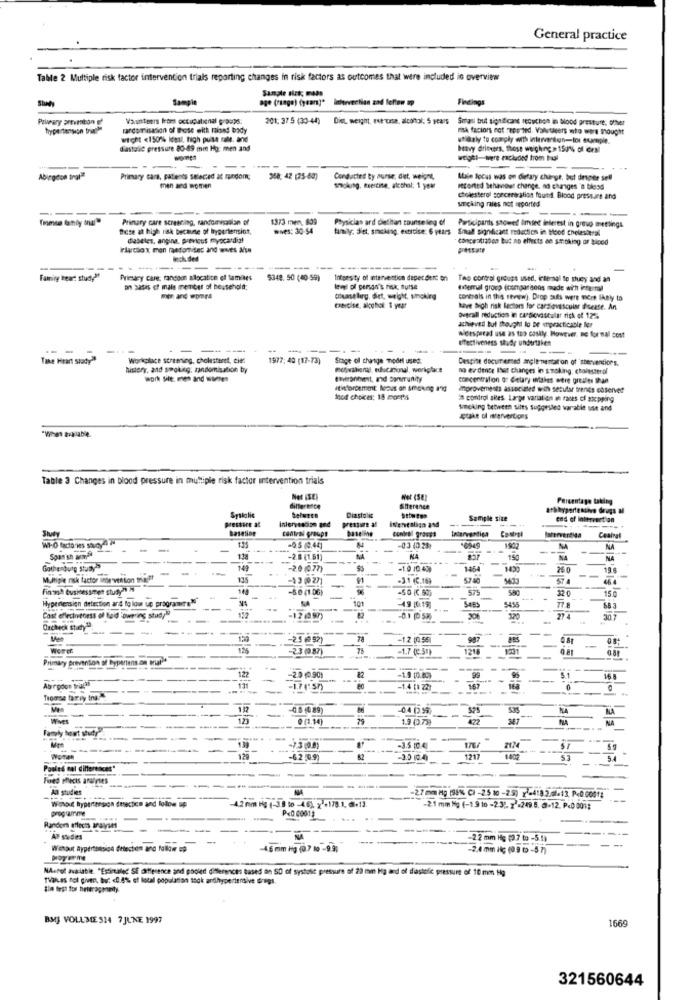
General practice
Table 2 Multiple risk factor intervention trials reporting changes in risk factors as outcomes that were included in overview
Sample siri; maas
Sample
age (range) (year]"
interventian zad lefton up
Findings
Vaunteers front occupational groups:
201: 37 5 (30-44) Diet. weight, ese use, alcontol; 5 years Smani but significant secuchen in blood pressure, other
hypertension triathe
varcomisation of those with raised body
mask faciors not reported. Valletaeers mto were thought
wicht <150% ideal. high pulse rate, and
utlaaly to comply enth interventon-for example.
diastolic pressure 80-89 mit Hg. men and
heavy dritvers. those weighing > 150% of ceal
-
weight-were excluded from toul
Primary cara, patients selected at random;
358: 42 (25-60)
Conducted by nurse, diet, weignt,
Alie focus was on dietary charge, but desper sel
men and women
smykung, esercine, aleshal; 1 year
retorted behaviour change. no changes 'n blood
cholesterol soncerealion found. Blood pressure and
sacking raies not reported
Primary care screening, randomisaslan of
1373 men, 809
Physician ard dietitan counseling of
these at high risk because of hypertension,
wives: 30-54
Physician ard dietitan counseling of Participants showed limited interest in group meetings
family: diet, smoking, extrcise: 6 years Small significant reduction in tood chelesteral
diabetes, angina, previous myocardial
- Conce 0120on but no effects en smoking or blood
rladox men randomised and wwes aise
pesar
Included
----
--
-
F'aming bear: study"
Primary care; randoun allocation of tamiaes
$348. 50 (40-59)
Infoesity of mtervention deper dent on
Tao control groups used, internal to suey and an
on basis of male member of household;
lewi of person's risk, Butse
mitemal group (comparisons mude with internal
counseling. diet, weight, smoking
conmals in this strew). Drop Suits were Here Ihely to
Exercise, alcohol: 1 year
have high risk lectors for cardiovascular disease. An
overall reduction in cardiovascular risk of 12%
achieved but thought lo be enpracticable for
widespread use as too costly. However, no formal cost
Bifectiveness study undertaken
- -
-----
----
Taxa Heart study"
Workplace streming, cholesteret, ciel
1977; 40 (17-73)
Stage of change model used.
Despite documented angle-mentation of 'sherventions.
history, and smoking; zandomisation by
motivational, educational, weriglace
no evidence That changes in smoking, cholesterol
Work Sile. men and women
ehvironitent, and Sonmunity
concentrifon or Gietary wakes were gresles than
Itwordement leaus on smoking and
improvements associated with secular trends observed
food choices; 18 months
'# control sites. Large variation an ranes of socpping
smoking between sites suggested varable use and
aptake of wervertions
-What zoilable.
Table 3 Changes in blood pressure in multiple risk factor intervention trials
Net (SE)
Hot (SE]
Percentage taking
filterbece
Diastolic
difference
pressure at
Systolic
Intervention and
pressure al
Sample size
end of Interesction
SIuey
Basetioe
central groups
-+-
WI-O factories saucy
Intervertida
Ceaival
-0.5 (0.44]
-03 40.28)
--
16949
NA
NA
-2.8 (1.51]
NA
NA
150
NA
Gothenburg Study
141
-2.0 (0.77)
45
-1.0 1043
1854
1420
250
Multiple risk factor intervention thiel ?!
135
-13(027]
.3.1 (C.16)
57.40
57 4
finish businessmen study" >
-5.0 (1.0G)
-
-50 (C.600
SAC
32 0
150
Hypertension detection and to lon ue programme"
49 [6.19]
5455
77.8
---
68 3
Cost effectiveness of Baid own ing study !!
-12/4.97)
...
274
30 7
Oncheck stuy").
5
150
-25 ( 92)
-12 10 55
-2.3 (9 87)
-1.7 (C.51)
1216
1231
-
Primary Prevention of hypertens on Pul
122
-2.0 .901
5.1
16.5
Abrodon truly
----
-1.7("57)
-1.4 [1 22)
167
Tromsa farvy Ing
117
-
NA
--
123
0 (1.14)
472
NA
Family boat study
Mte
--------------
-
-3.5 10.4
176/
129
-62.09)
-3.0 10.4)
1217
53
Poules col differences"
Foed precis anurses
Al studies
------
----
-27 mm Mg (98% () -25 10 -25) 1 -4182/01.13 P40.00012
propourme
-4.2 mm Hg (-3.8 to -46). 2 .178.1. @+13.
-21 mm Hg (-1 9 to -23). 7 -249 5. @+12. P.0 001;
----
. ...
Randers effects analyses
-
--- -
AT suudies
-22 mm Hg (3.7 to -5.1)
-
Wasout Byperttisice detection and follow up
-4 6 mm Hg (0.7 10 -9.9;
-2.4 mm il; (09 ℃ -5 7)
- -
NAshot available. "Estimated SE difference and pooled differences based on SO of systost pressure of 20 min Ha ard of diastolic pressure of 10 mm Hg
TVales not given. bhur: < 0.4% et total population sock antihypertensive Gregs.
BMJ VOLLME 314 7JUNE 1997
1669
321560644